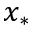
x _ { * }